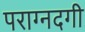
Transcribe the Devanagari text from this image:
पराग्नदगी